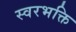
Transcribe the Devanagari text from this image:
स्वरभक्ति